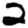
Digit: 2